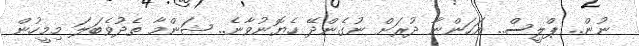
ނުން.. ޕްލީސް.. އަހަންނާ ދުރަށް ނުގެންދޭ ހެޔޮނުވާނެ.. ޝަންމާ ތެދުވެބަލަ މިމީހުން